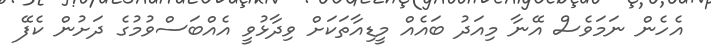
އެހެން ނަމަވެސް އޭނާ މިއަދު ބައެއް މީޑިއާތަކަށް ވިދާޅުވީ އެއްބަސްވުމުގެ ދަށުން ކެފޭ